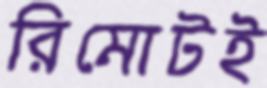
রিমোটই